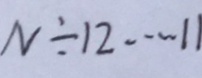
N \div 1 2 \cdots 1 1